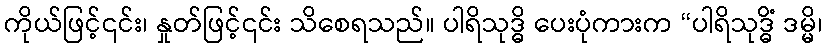
ကိုယ်ဖြင့်၎င်း၊ နှုတ်ဖြင့်၎င်း သိစေရသည်။ ပါရိသုဒ္ဓိ ပေးပုံကားက “ပါရိသုဒ္ဓိံ ဒမ္မိ၊